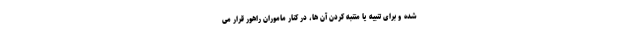
شده و برای تنبیه یا متنبه کردن آن ها، در کنار ماموران راهور قرار می